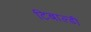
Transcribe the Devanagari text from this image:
टिबाल्डी